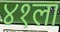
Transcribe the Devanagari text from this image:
४१ला